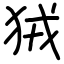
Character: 狨